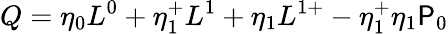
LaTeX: Q=\eta_{0}L^{0}+\eta_{1}^{+}L^{1}+\eta_{1}L^{1+}-\eta_{1}^{+}\eta_{1}{\cal{\mathsf{P}}}_{0}